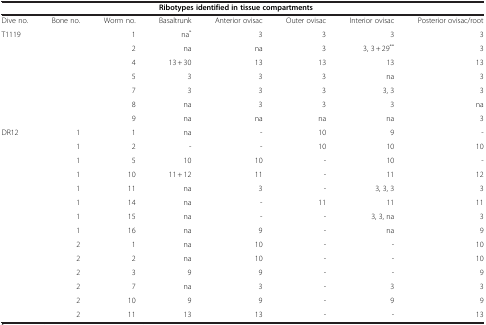
<table><thead><tr><td><b> </b></td><td><b> </b></td><td><b> </b></td><td colspan="5"><b>Ribotypes identified in tissue compartments</b></td></tr></thead><tbody><tr><td>Dive no.</td><td>Bone no.</td><td>Worm no.</td><td>Basaltrunk</td><td>Anterior ovisac</td><td>Outer ovisac</td><td>Interior ovisac</td><td>Posterior ovisac/root</td></tr><tr><td>T1119</td><td> </td><td>1</td><td>na<sup>*</sup></td><td>3</td><td>3</td><td>3</td><td>3</td></tr><tr><td> </td><td> </td><td>2</td><td>na</td><td>na</td><td>3</td><td>3, 3 + 29<sup>**</sup></td><td>3</td></tr><tr><td> </td><td> </td><td>4</td><td>13 + 30</td><td>13</td><td>13</td><td>13</td><td>13</td></tr><tr><td> </td><td> </td><td>5</td><td>3</td><td>3</td><td>3</td><td>na</td><td>3</td></tr><tr><td> </td><td> </td><td>7</td><td>3</td><td>3</td><td>3</td><td>3, 3</td><td>3</td></tr><tr><td> </td><td> </td><td>8</td><td>na</td><td>3</td><td>3</td><td>3</td><td>na</td></tr><tr><td> </td><td> </td><td>9</td><td>na</td><td>na</td><td>na</td><td>na</td><td>3</td></tr><tr><td>DR12</td><td>1</td><td>1</td><td>na</td><td>-</td><td>10</td><td>9</td><td>-</td></tr><tr><td> </td><td>1</td><td>2</td><td>-</td><td>-</td><td>10</td><td>10</td><td>10</td></tr><tr><td> </td><td>1</td><td>5</td><td>10</td><td>10</td><td>-</td><td>10</td><td>-</td></tr><tr><td> </td><td>1</td><td>10</td><td>11 + 12</td><td>11</td><td>-</td><td>11</td><td>12</td></tr><tr><td> </td><td>1</td><td>11</td><td>na</td><td>3</td><td>-</td><td>3, 3, 3</td><td>3</td></tr><tr><td> </td><td>1</td><td>14</td><td>na</td><td>-</td><td>11</td><td>11</td><td>11</td></tr><tr><td> </td><td>1</td><td>15</td><td>na</td><td>-</td><td>-</td><td>3, 3, na</td><td>3</td></tr><tr><td> </td><td>1</td><td>16</td><td>na</td><td>9</td><td>-</td><td>na</td><td>9</td></tr><tr><td> </td><td>2</td><td>1</td><td>na</td><td>10</td><td>-</td><td>-</td><td>10</td></tr><tr><td> </td><td>2</td><td>2</td><td>na</td><td>10</td><td>-</td><td>-</td><td>10</td></tr><tr><td> </td><td>2</td><td>3</td><td>9</td><td>9</td><td>-</td><td>-</td><td>9</td></tr><tr><td> </td><td>2</td><td>7</td><td>na</td><td>3</td><td>-</td><td>3</td><td>3</td></tr><tr><td> </td><td>2</td><td>10</td><td>9</td><td>9</td><td>-</td><td>9</td><td>9</td></tr><tr><td> </td><td>2</td><td>11</td><td>13</td><td>13</td><td>-</td><td>-</td><td>13</td></tr></tbody></table>